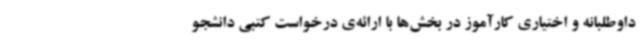
داوطلبانه و اختیاری کارآموز در بخش‌ها با ارائه‌ی درخواست کتبی دانشجو